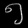
Digit: ၅